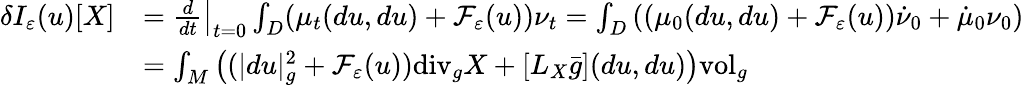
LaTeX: \begin{array}{rl}{\delta I_{\varepsilon}(u)[X]}&{=\left.\frac{d}{dt}\right|_{t=0}\int_{D}(\mu_{t}(du,du)+\mathcal{F}_{\varepsilon}(u))\nu_{t}=\int_{D}\left(\left(\mu_{0}(du,du)+\mathcal{F}_{\varepsilon}(u)\right)\dot{\nu}_{0}+\dot{\mu}_{0}\nu_{0}\right)}\\ &{=\int_{M}\left((|du|_{g}^{2}+\mathcal{F}_{\varepsilon}(u))\mathrm{div}_{g}X+[L_{X}\bar{g}](du,du)\right)\mathrm{vol}_{g}}\end{array}